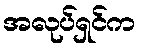
အလုပ်ရှင်က